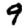
Digit: 9